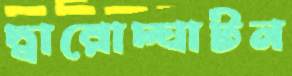
দ্বারোদ্ঘাটন